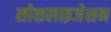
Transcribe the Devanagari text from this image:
सोशलाइजेशन